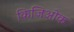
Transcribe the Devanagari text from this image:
किजिओक